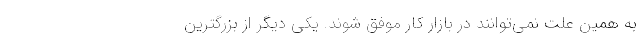
به همین علت نمی‌توانند در بازار کار موفق شوند. یکی دیگر از بزرگترین